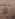
لا